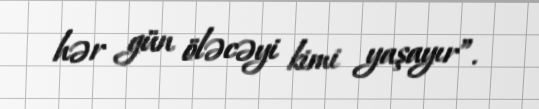
hər gün öləcəyi kimi yaşayır”.